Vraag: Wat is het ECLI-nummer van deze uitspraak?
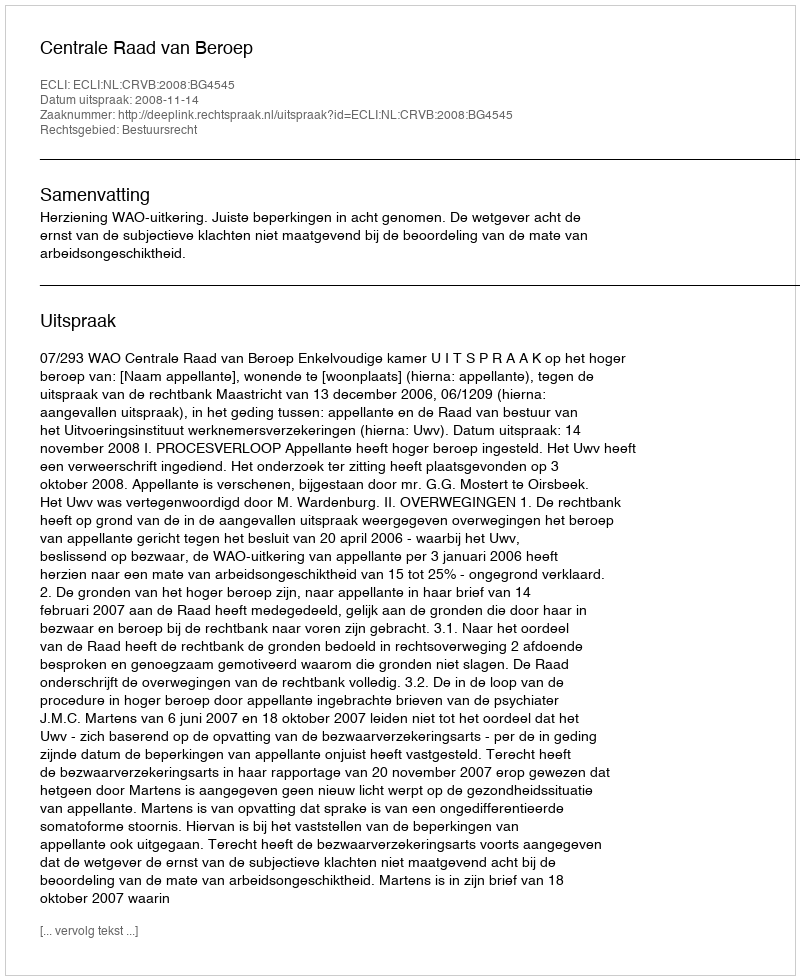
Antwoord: ECLI:NL:CRVB:2008:BG4545